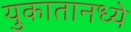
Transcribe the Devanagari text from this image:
युकातानध्ये